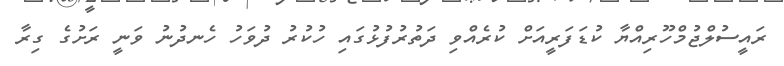
ރައީސުލްޖުމްހޫރިއްޔާ ކުޑަފަރީއަށް ކުރެއްވި ދަތުރުފުޅުގައި ހުކުރު ދުވަހު ހެނދުނު ވަނީ ރަށުގެ ގިރާ